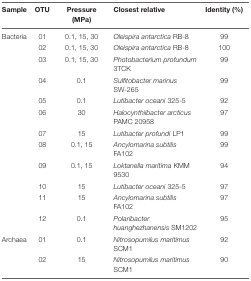
<table><thead><tr><td><b>Sample</b></td><td><b>OTU</b></td><td><b>Pressure (MPa)</b></td><td><b>Closest relative</b></td><td><b>Identity (%)</b></td></tr></thead><tbody><tr><td>Bacteria</td><td>01</td><td>0.1, 15, 30</td><td><i>Oleispira antarctica</i> RB-8</td><td>99</td></tr><tr><td></td><td>02</td><td>0.1, 15, 30</td><td><i>Oleispira antarctica</i> RB-8</td><td>100</td></tr><tr><td></td><td>03</td><td>0.1, 15, 30</td><td><i>Photobacterium profundum</i> 3TCK</td><td>99</td></tr><tr><td></td><td>04</td><td>0.1</td><td><i>Sulfitobacter marinus</i> SW-265</td><td>99</td></tr><tr><td></td><td>05</td><td>0.1</td><td><i>Lutibacter oceani</i> 325-5</td><td>92</td></tr><tr><td></td><td>06</td><td>30</td><td><i>Halocynthiibacter arcticus</i> PAMC 20958</td><td>97</td></tr><tr><td></td><td>07</td><td>15</td><td><i>Lutibacter profundi</i> LP1</td><td>99</td></tr><tr><td></td><td>08</td><td>0.1, 15</td><td><i>Ancylomarina subtilis</i> FA102</td><td>99</td></tr><tr><td></td><td>09</td><td>0.1, 15</td><td><i>Loktanella maritima</i> KMM 9530</td><td>94</td></tr><tr><td></td><td>10</td><td>15</td><td><i>Lutibacter oceani</i> 325-5</td><td>97</td></tr><tr><td></td><td>11</td><td>15</td><td><i>Ancylomarina subtilis</i> FA102</td><td>97</td></tr><tr><td></td><td>12</td><td>0.1</td><td><i>Polaribacter huanghezhanensis</i> SM1202</td><td>95</td></tr><tr><td>Archaea</td><td>01</td><td>0.1</td><td><i>Nitrosopumilus maritimus</i> SCM1</td><td>92</td></tr><tr><td></td><td>02</td><td>15</td><td><i>Nitrosopumilus maritimus</i> SCM1</td><td>90</td></tr></tbody></table>